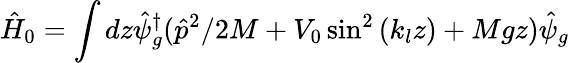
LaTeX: \hat{H}_{0}=\int dz\hat{\psi}_{g}^{\dagger}(\hat{p}^{2}/2M+V_{0}\sin^{2}\left(k_{l}z\right)+Mgz)\hat{\psi}_{g}